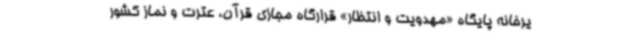
یرخانه پایگاه «مهدویت و انتظار» قرارگاه مجازی قرآن، عترت و نماز کشور